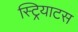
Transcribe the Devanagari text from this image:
स्ट्रियाटस